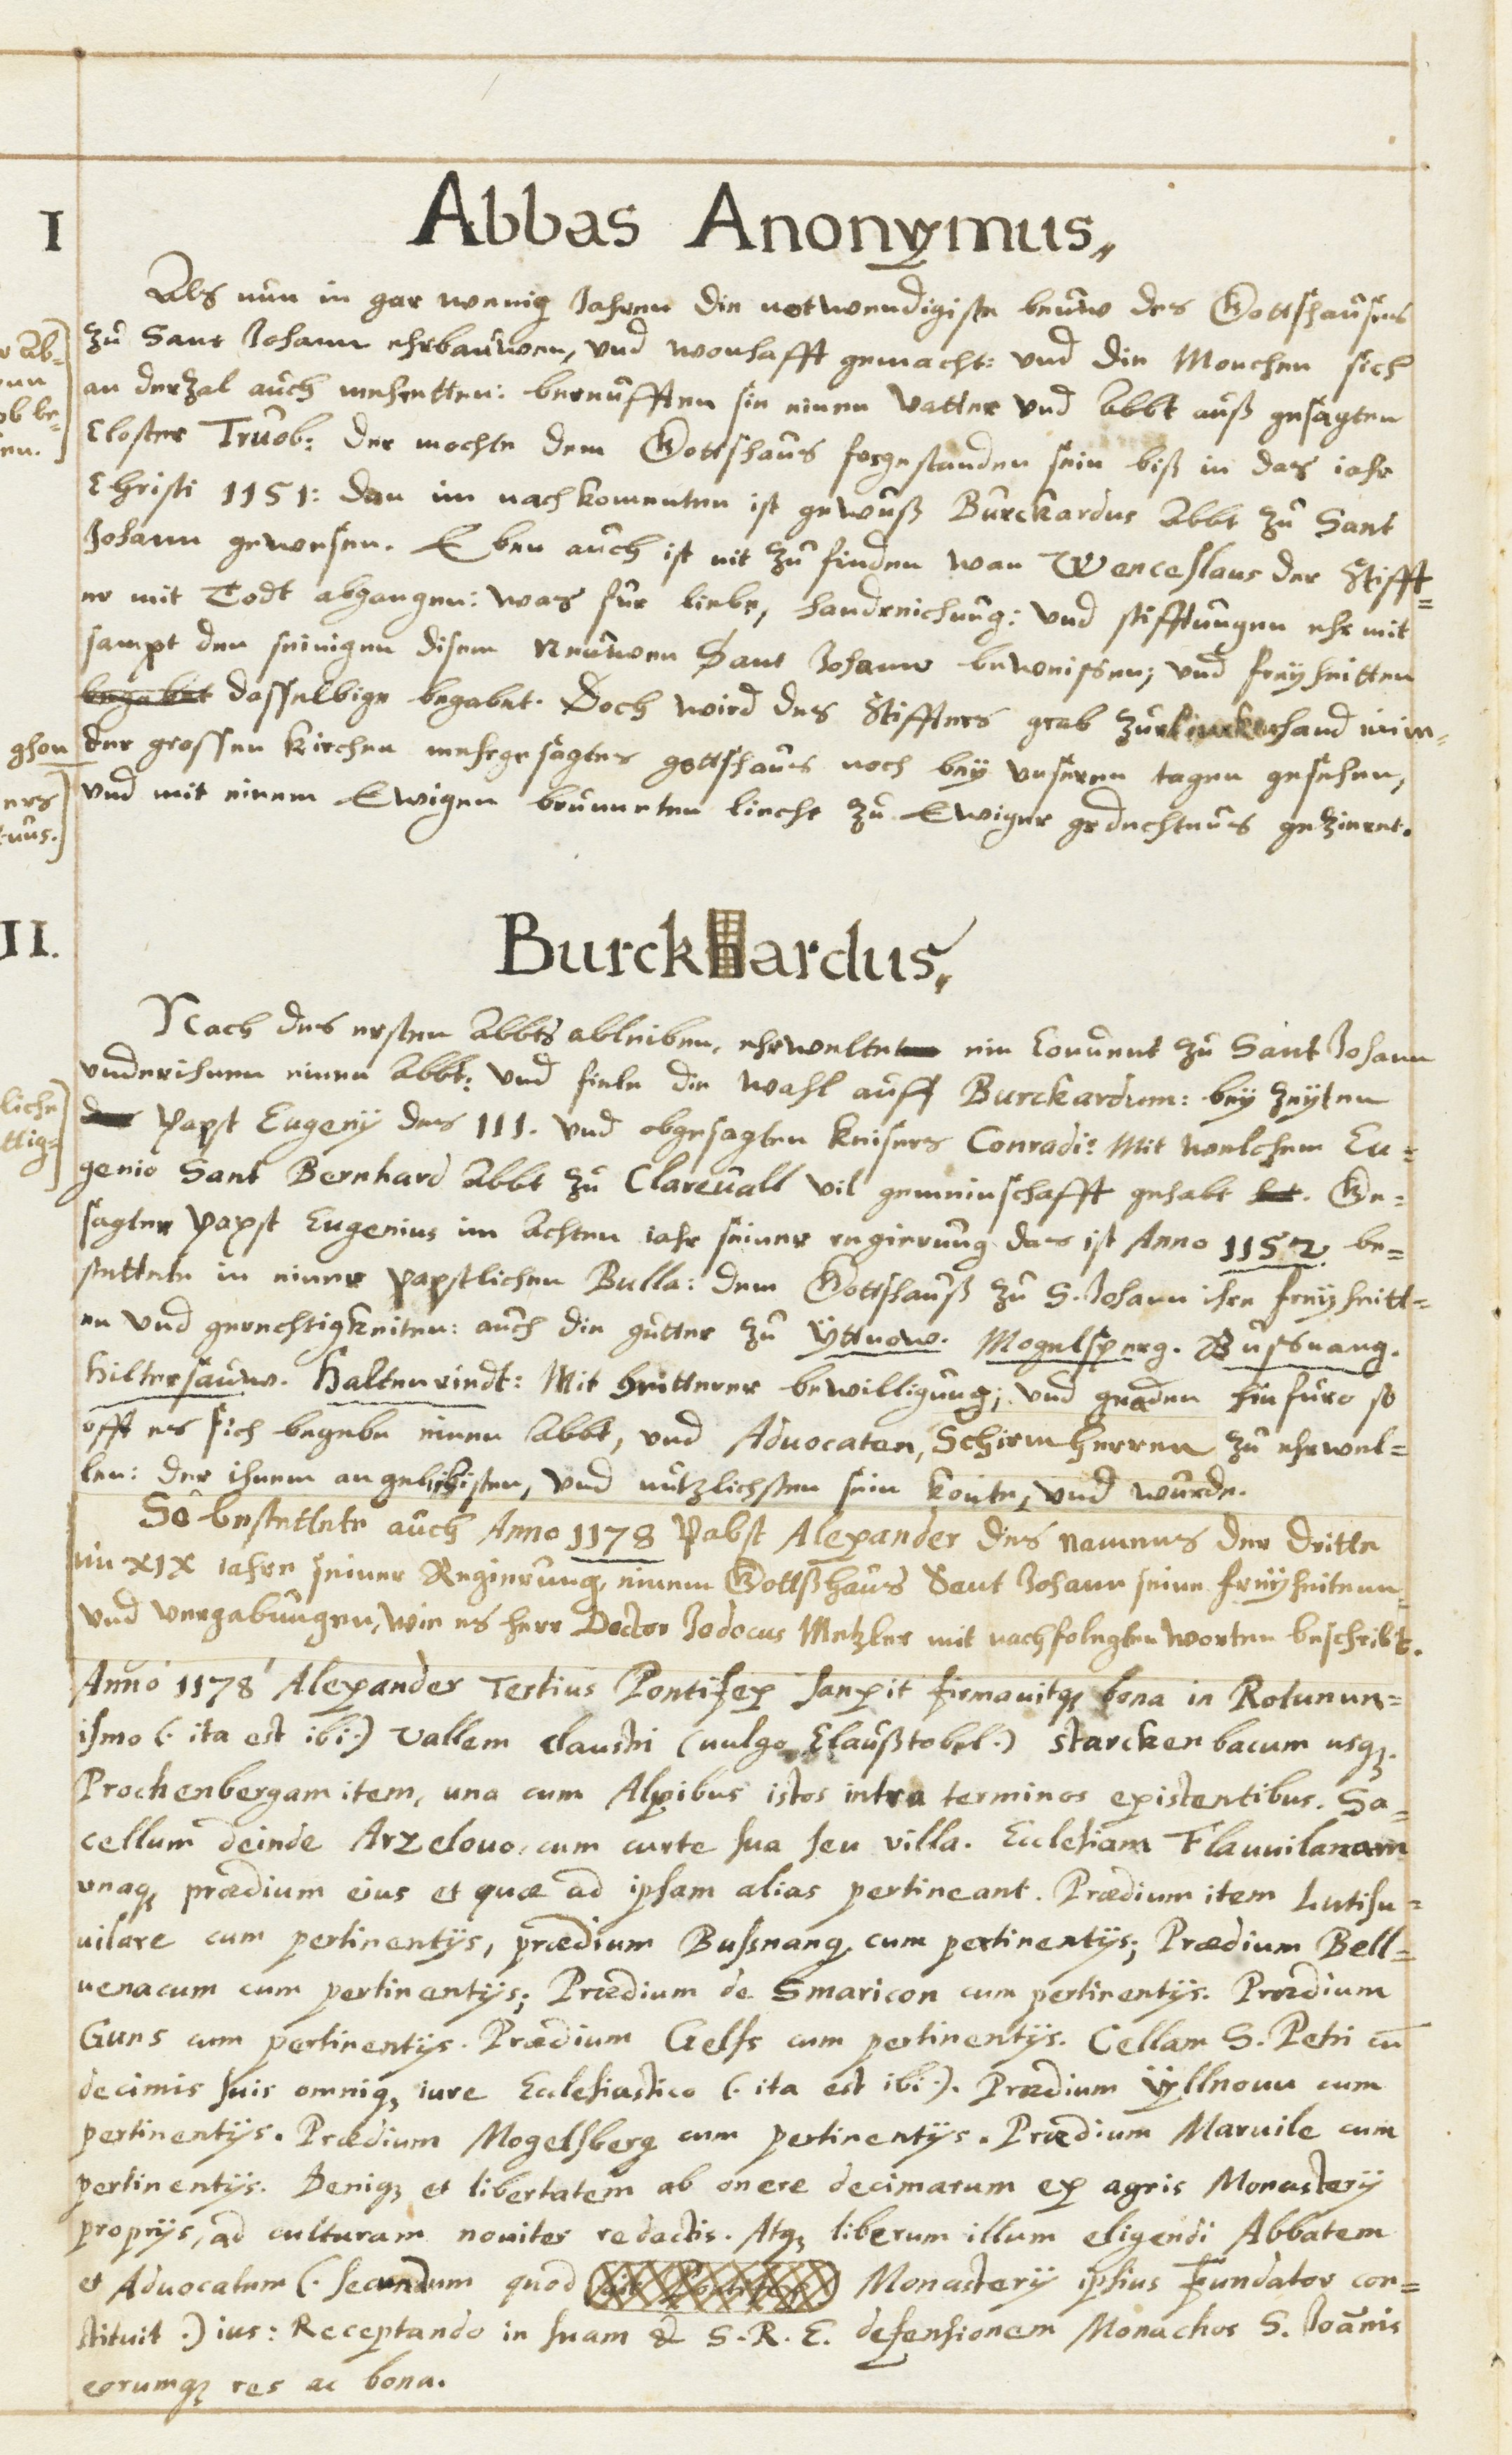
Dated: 1630–1680